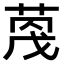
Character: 𫈦